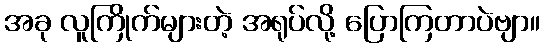
အခု လူကြိုက်များတဲ့ အရုပ်လို့ ပြောကြတာပဲဗျာ။